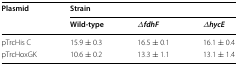
<table><thead><tr><td rowspan="2"><b>Plasmid</b></td><td colspan="3"><b>Strain</b></td></tr><tr><td><b>Wild-type</b></td><td><b><i>ΔfdhF</i></b></td><td><b><i>ΔhycE</i></b></td></tr></thead><tbody><tr><td>pTrcHis C</td><td>15.9 ± 0.3</td><td>16.5 ± 0.1</td><td>16.1 ± 0.4</td></tr><tr><td>pTrcHoxGK</td><td>10.6 ± 0.2</td><td>13.3 ± 1.1</td><td>13.1 ± 1.4</td></tr></tbody></table>